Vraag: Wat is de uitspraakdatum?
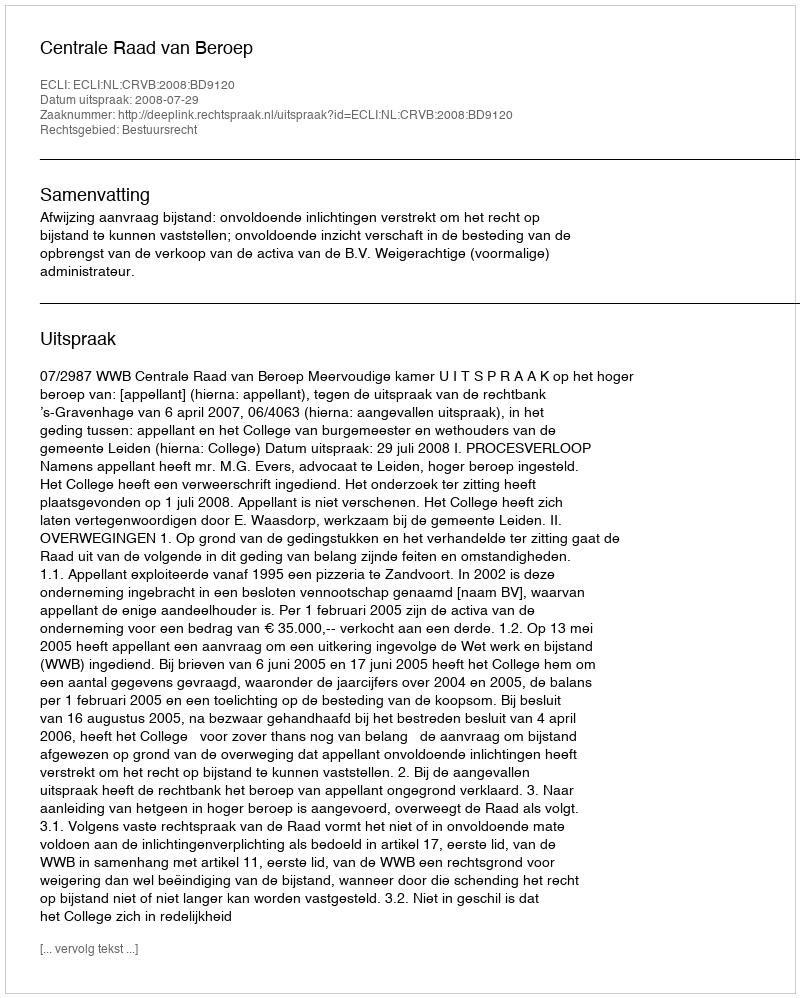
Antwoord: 2008-07-29